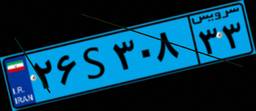
۰۳S۱۱۶۴۸